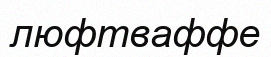
люфтваффе